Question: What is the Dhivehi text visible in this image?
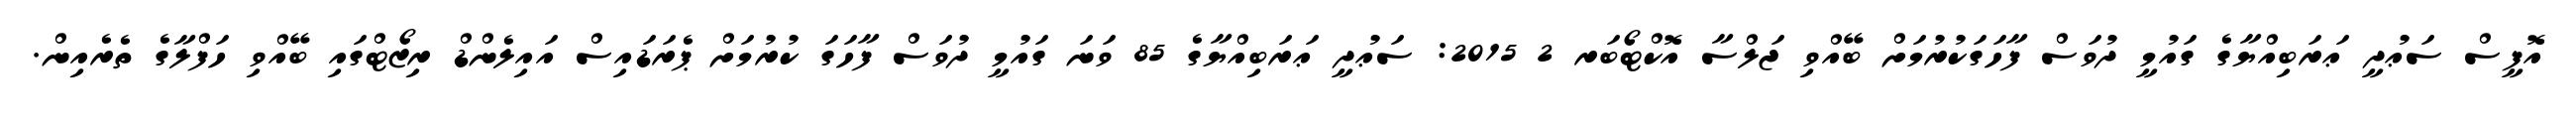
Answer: އޮފީސް ސަޢުދީ ޢަރަބިއްޔާގެ ގައުމީ ދުވަސް ފާހަގަކުރުމަށް ބޭއްވި ޖަލްސާ އޮކްޓޯބަރ 2 2015: ސަޢުދީ ޢަރަބިއްޔާގެ 85 ވަނަ ގައުމީ ދުވަސް ފާހަގަ ކުރުމަށް ޕެރަޑައިސް އައިލެންޑް ރިޒޯޓްގައި ބޭއްވި ހަފްލާގެ ތެރެއިން.